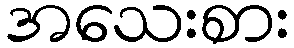
အသေးစား